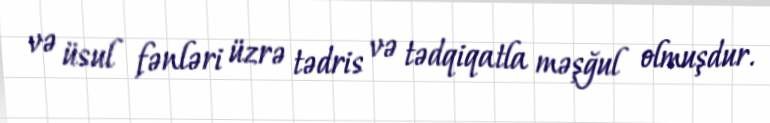
və üsul fənləri üzrə tədris və tədqiqatla məşğul olmuşdur.